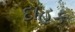
દાહક